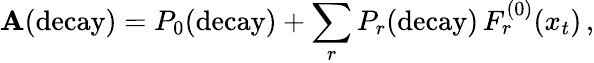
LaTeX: \mathbf{A}(\mathrm{{decay}})=P_{0}(\mathrm{{decay}})+\sum_{r}P_{r}(\mathrm{{decay}})\, F_{r}^{(0)}(x_{t})\, ,